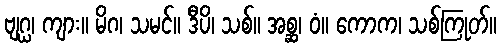
ဗျဂ္ဃ၊ ကျား။ မိဂ၊ သမင်။ ဒီပိ၊ သစ်။ အစ္ဆ၊ ဝံ။ ကောက၊ သစ်ကြုတ်။